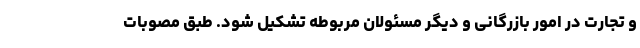
و تجارت در امور بازرگانی و دیگر مسئولان مربوطه تشکیل شود. طبق مصوبات